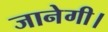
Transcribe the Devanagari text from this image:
जानेगी।